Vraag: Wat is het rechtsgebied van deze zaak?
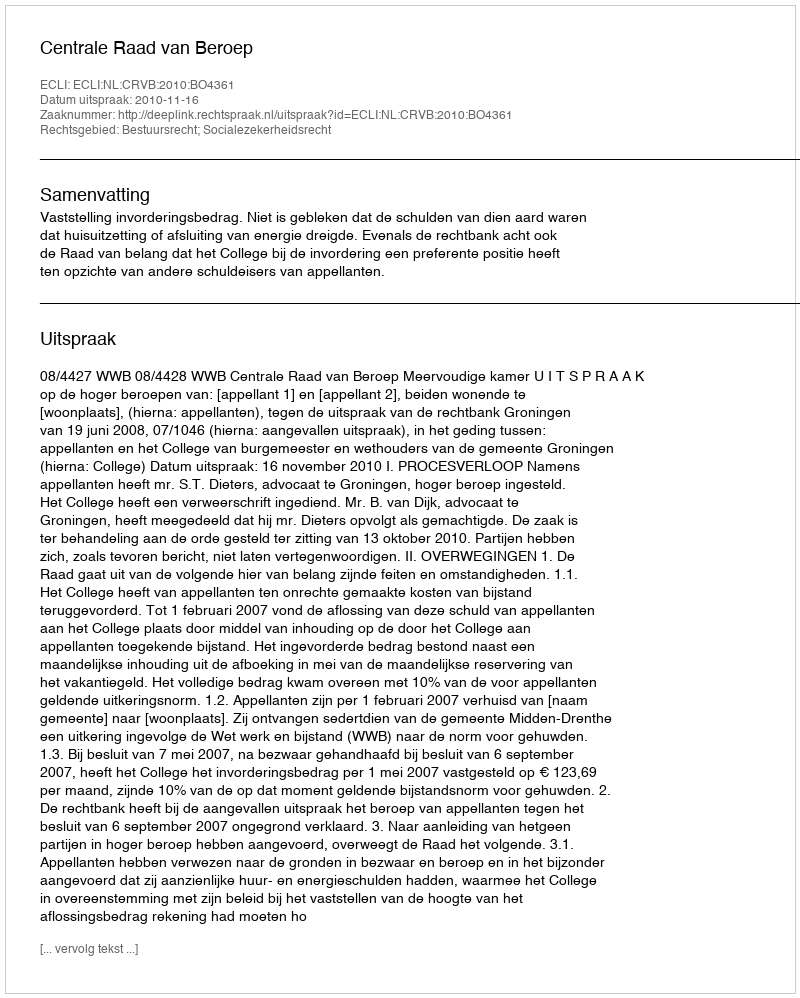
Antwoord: Bestuursrecht; Socialezekerheidsrecht